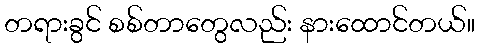
တရားခွင် စစ်တာတွေလည်း နားထောင်တယ်။